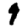
Digit: 9